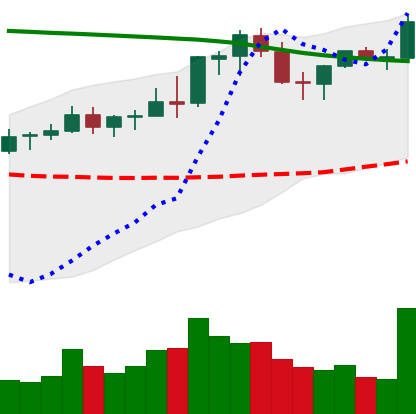
Ticker: NEO-USD
Chart end date: 2021-08-23
Forward return: -10.527%
Label: down_7plus